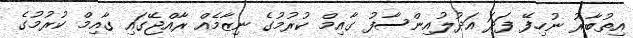
އިތުބާރު ނުހިފޭ ފަދަ އަދުލުއިންސާފު ގާއިމް ކުރުމުގެ ނިޒާމެއް ރާއްޖޭގައި ގާއިމް ކުރުމުގެ